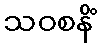
သဝစနိံ